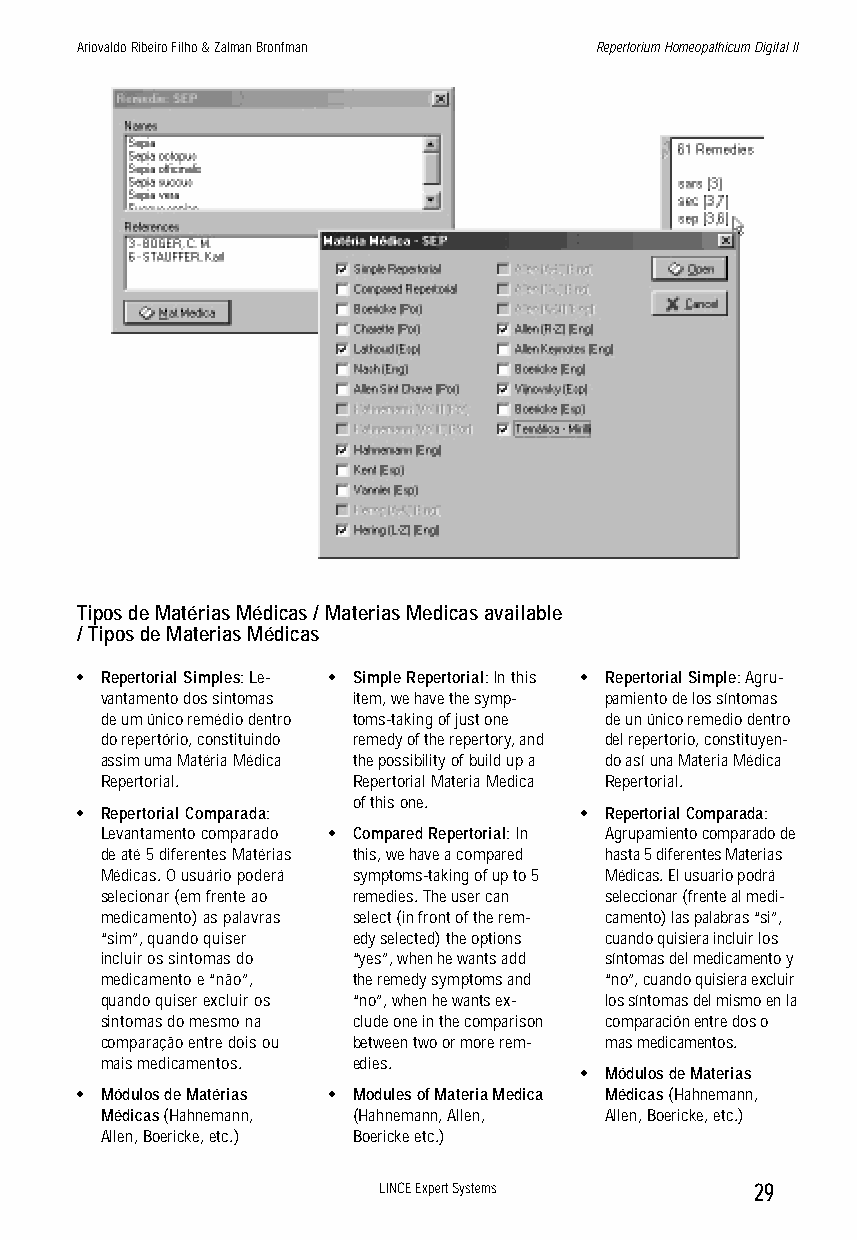
Ariovaldo Ribeiro Filho & Zalman Bronfman Repertorium Homeopathicum Digital II
 Tipos de Matérias Médicas / Materias Medicas available
 / Tipos de Materias Médicas
 • Repertorial Simples: Le- • Simple Repertorial: In this • Repertorial Simple: Agru-
 vantamento dos sintomas item, we have the symp- pamiento de los síntomas
 de um único remédio dentro toms-taking of just one de un único remedio dentro
 do repertório, constituindo remedy of the repertory, and del repertorio, constituyen-
 assim uma Matéria Médica the possibility of build up a do así una Materia Médica
 Repertorial.    Repertorial Materia Medica Repertorial.
 of this one.
 • Repertorial Comparada:         • Repertorial Comparada:
 Levantamento comparado • Compared Repertorial: In Agrupamiento comparado de
 de até 5 diferentes Matérias this, we have a compared hasta 5 diferentes Materias
 Médicas. O usuário poderá symptoms-taking of up to 5 Médicas. El usuario podrá
 selecionar (em frente ao remedies. The user can seleccionar (frente al medi-
 medicamento) as palavras select (in front of the rem- camento) las palabras “si”,
 “sim”, quando quiser edy selected) the options cuando quisiera incluir los
 incluir os sintomas do “yes”, when he wants add síntomas del medicamento y
 medicamento e “não”, the remedy symptoms and “no”, cuando quisiera excluir
 quando quiser excluir os “no”, when he wants ex- los síntomas del mismo en la
 sintomas do mesmo na clude one in the comparison comparación entre dos o
 comparação entre dois ou between two or more rem- mas medicamentos.
 mais medicamentos. edies.
 • Módulos de Materias
 • Módulos de Matérias • Modules of Materia Medica Médicas (Hahnemann,
 Médicas (Hahnemann, (Hahnemann, Allen, Allen, Boericke, etc.)
 Allen, Boericke, etc.) Boericke etc.)
 LINCE Expert Systems     29